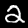
Digit: 2